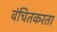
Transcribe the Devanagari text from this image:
वंचितकरता